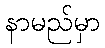
နာမည်မှာ